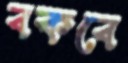
বকবে